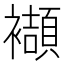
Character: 襭